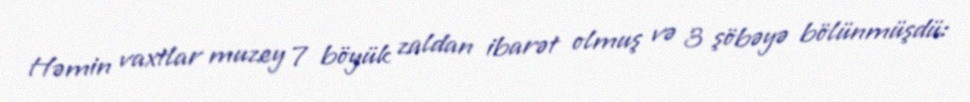
Həmin vaxtlar muzey 7 böyük zaldan ibarət olmuş və 3 şöbəyə bölünmüşdü: